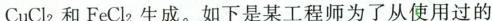
CuCl_{2}和FeCl_{2}生成。如下是某工程师为了从使用过的